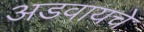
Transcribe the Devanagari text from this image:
अडवायचे